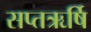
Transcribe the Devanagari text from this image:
सप्तऋर्षि